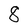
Character: 8